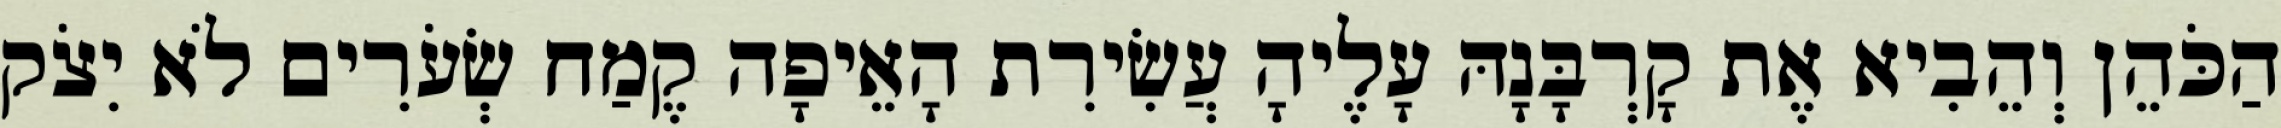
הַכֹּהֵן וְהֵבִיא אֶת קָרְבָּנָהּ עָלֶיהָ עֲשִׂירִת הָאֵיפָה קֶמַח שְׂעֹרִים לֹא יִצֹק